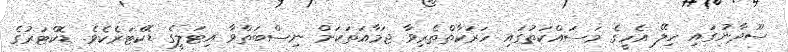
ސޫދާނުގައި ހިލޭ އެހީގެ މަސައްކަތުގައި ހަރަކާތްތެރިވާ ޖަމާއަތަކަށް ނިސްބަތްވާ އިޓަލީގެ ޑޮކްޓަރެކެވެ. ޑޮކްޓަރުގެ